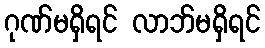
ဂုဏ်မရှိရင် လာဘ်မရှိရင်